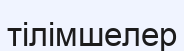
тілімшелер